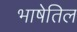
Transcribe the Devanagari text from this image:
भाषेतिल